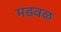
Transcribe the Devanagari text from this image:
मडवळ